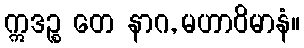
ဣဒဉ္စ တေ နာဂ, မဟာဝိမာနံ။